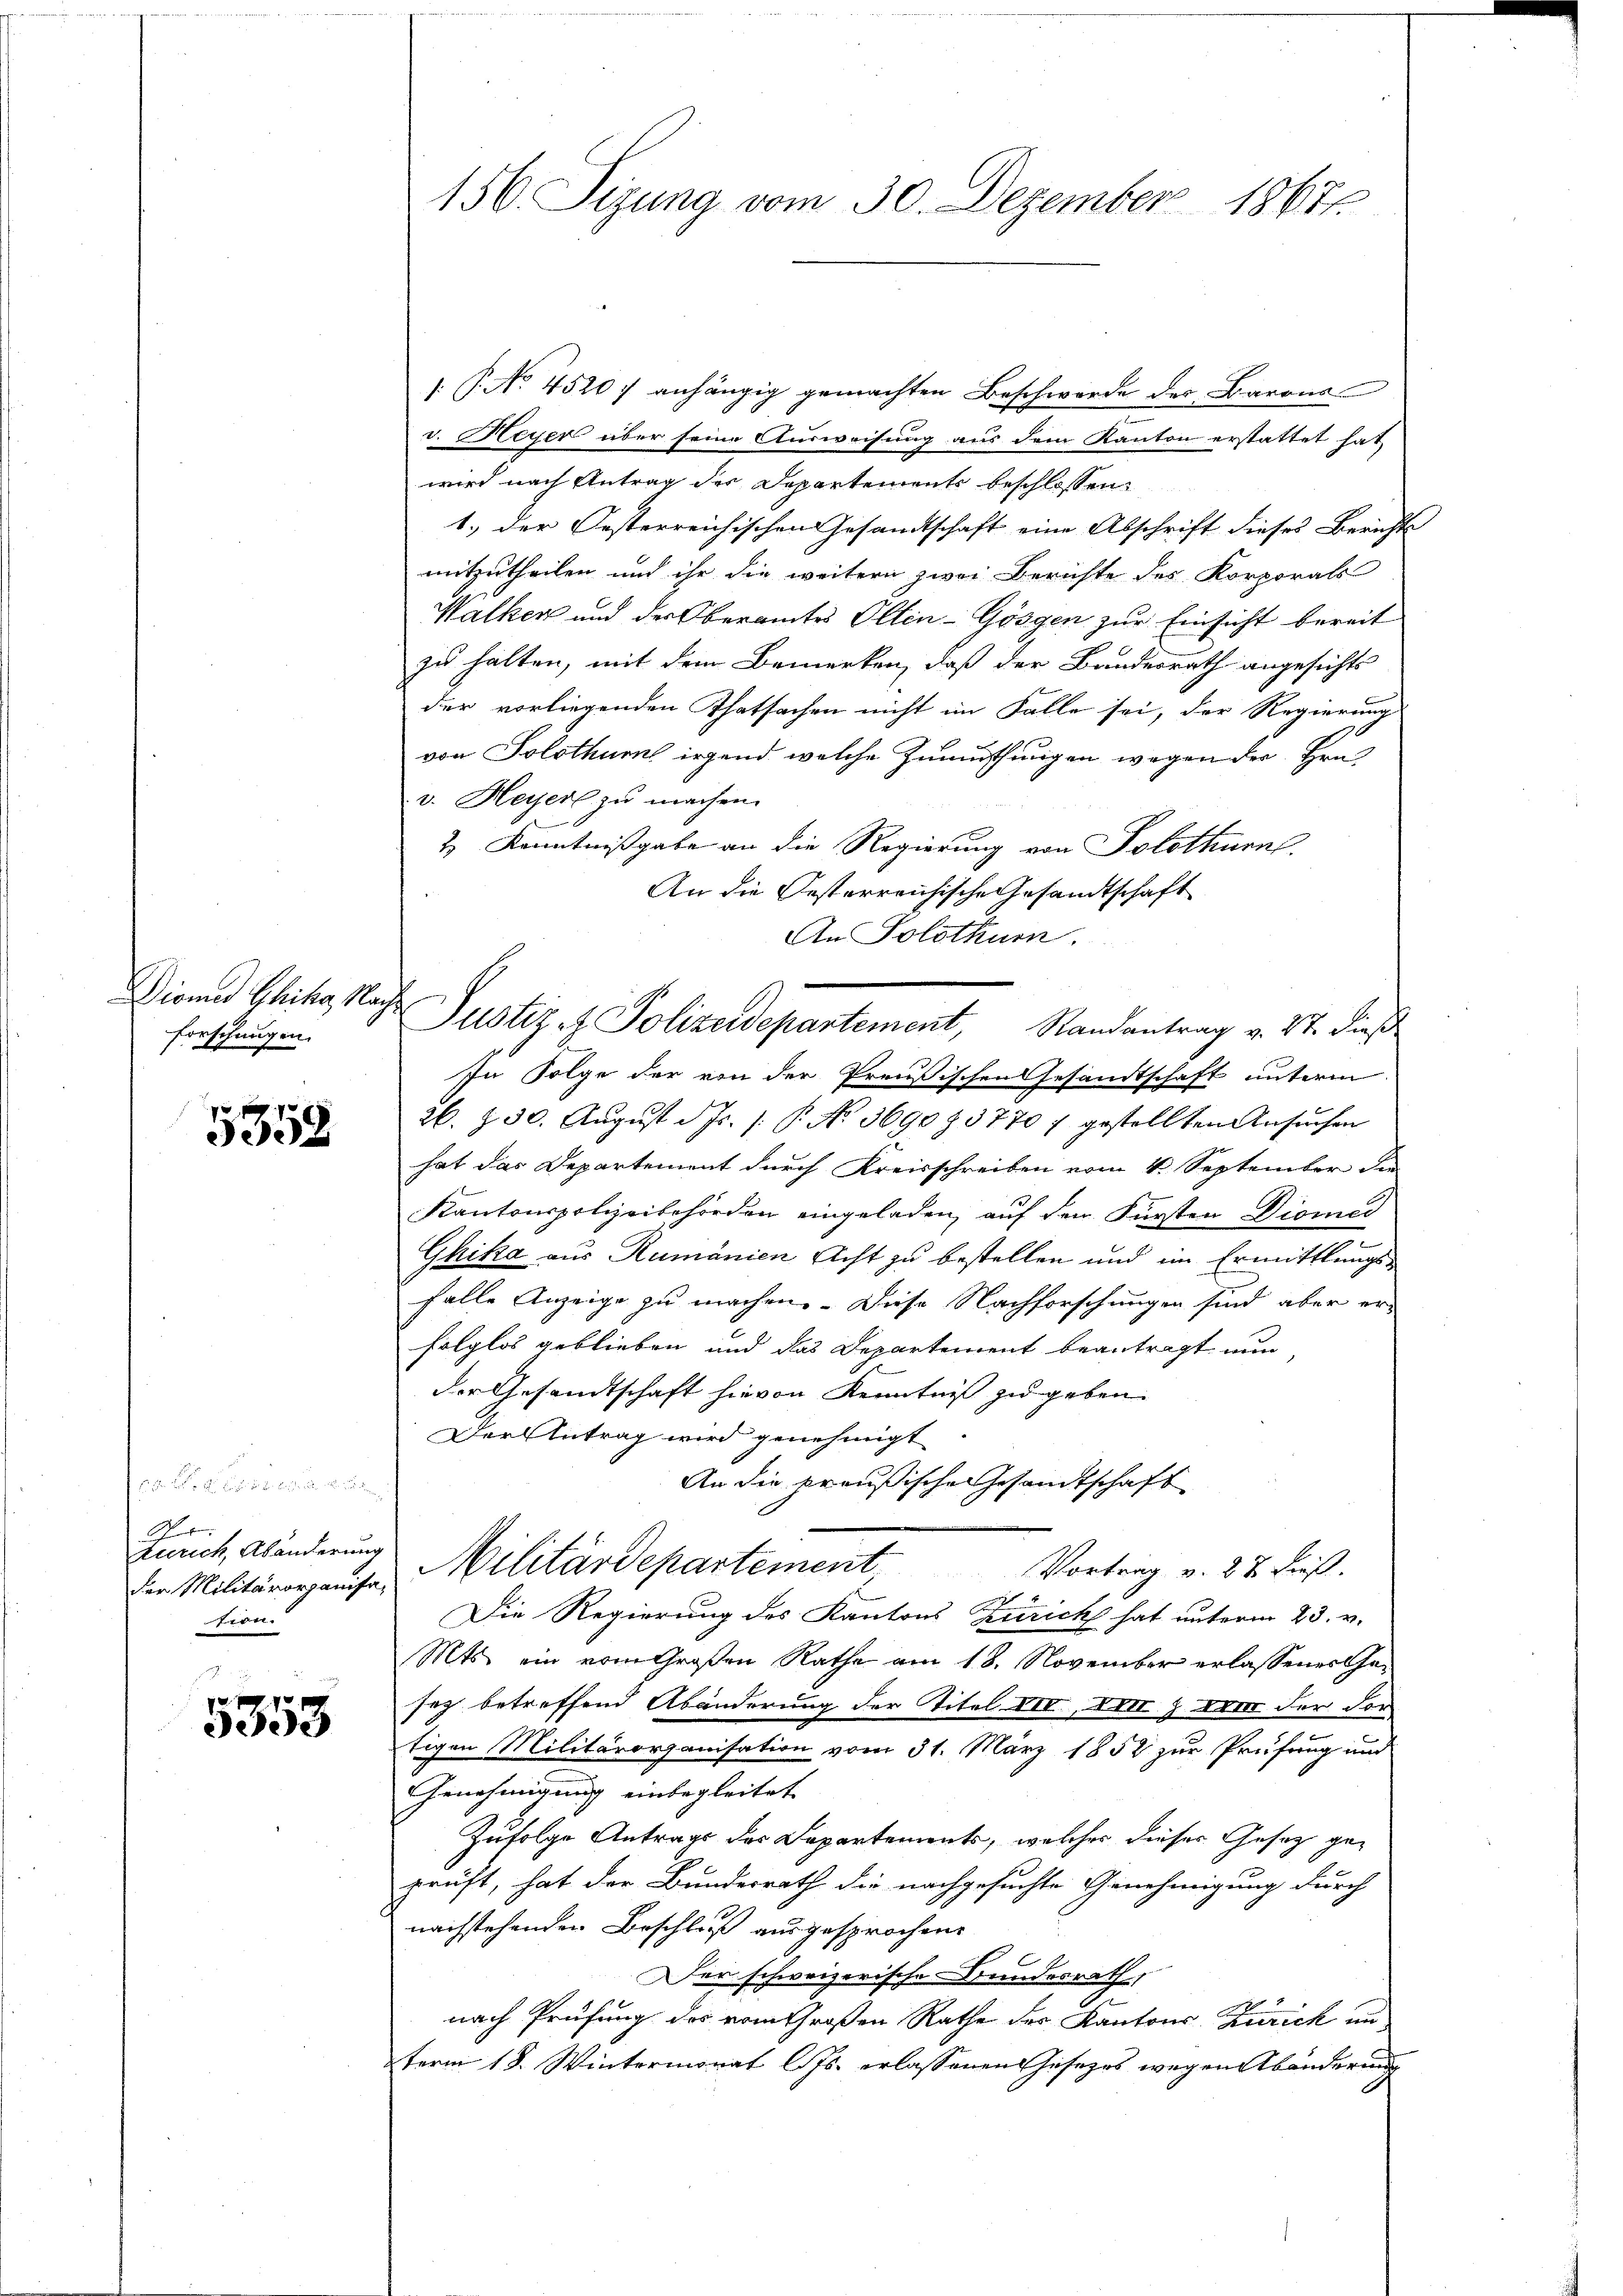
Dirner Chika, Nachforschungen.

5358

G
Zürich, Abänderung
der Militärorganisa-
e

5353

156. Segung vom 30. Dezember 18671.

.P. No. 45207 anhängig gemachten Beschwerde des Barons
v. Meyer über seine Ausweisung aus dem Kanton erstattet hat,
wird nach Antrag der Departemente beschlossen:
1.) der Oesterreichischen Gesandtschaft eine Abschrift dieses Berichte
mitzutheilen und ihr die weitern zwei Berichte des Korporats
Walken und der Oberamtes Olten-Gösgen zur Einsicht bereit
zu halten, mit dem Bemerken, daß der Bundesrath angesichts
der vorliegenden Thatsachen nicht im Falle sei, der Regierung
von Solothurn irgend welche Zumuthungen wegen der Hrn
v. Heiserl zu machen.
& Kenntnißgabe an die Regierung von Solothurn.
An die Oesterreichische Gesandtschaft
In Folge der von der Preußischen Gesandtschaft unterm
26. Z. 30. Aŭgŭst d. Js. /: P. No. 369083770 7 gestellten Ansŭchen
hat das Departement durch Kreisschreiben vom 4. September die
Kantonspolizeibehörden eingeladen, auf den Fürsten Diomes
s
Ghika aus Rumänien Acht zu bestellen und im Ermittlungsfalle Anzeige zu machen. Diese Nachforschungen sind aber er
folglos geblieben und das Departement beantragt nun
der Gesandtschaft hievon Kenntniß zu geben.
Der Antrag wird genehmigt
An die preußischen Gesamtschaft
Militärdepartement
Vortrag v. 27 dieß.
Die Regierung des Kantons Zürich hat unterm 23. v.
Mts. ein vom Großen Rathe am 18. November erlassener Gasey betreffend Abänderung der Titel VII, den 7. dem der dor
tigen Militärorganisation vom 31. März 1852 zur Prüfung und
Genehmigung einbegleitet
Zufolge Antrags des Departements, welcher dieser Gesetz geprüft, hat der Bundesrath die nachgesuchte Genehmigung durch
nachstehenden Beschluß ausgesprochen.
C
Der schweizerische Stundesrath,
nach Prüfung des vom Großen Rathe des Kantons Zurick un
term 18. Wintermonat l. Js. erlassenen Gesezes wegen Abänderung

An Solothum.
Justiz- & Polizeidepartement, Randantrag v. 27. dieß